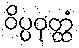
ဝိပ္ပဝုတ္ထံ